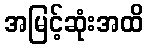
အမြင့်ဆုံးအထိ